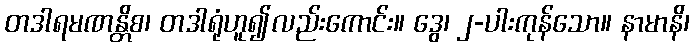
တဒါရမဏန္တိစ၊ တဒါရုံဟူ၍လည်းကောင်း။ ဒွေ၊ ၂-ပါးကုန်သော။ နာမာနိ၊